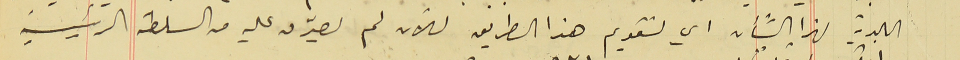
البلدية لهذا الشأن اي لتقويم هذا الطريق للآن لم يصدّق عليه من السلطة الرئيسية